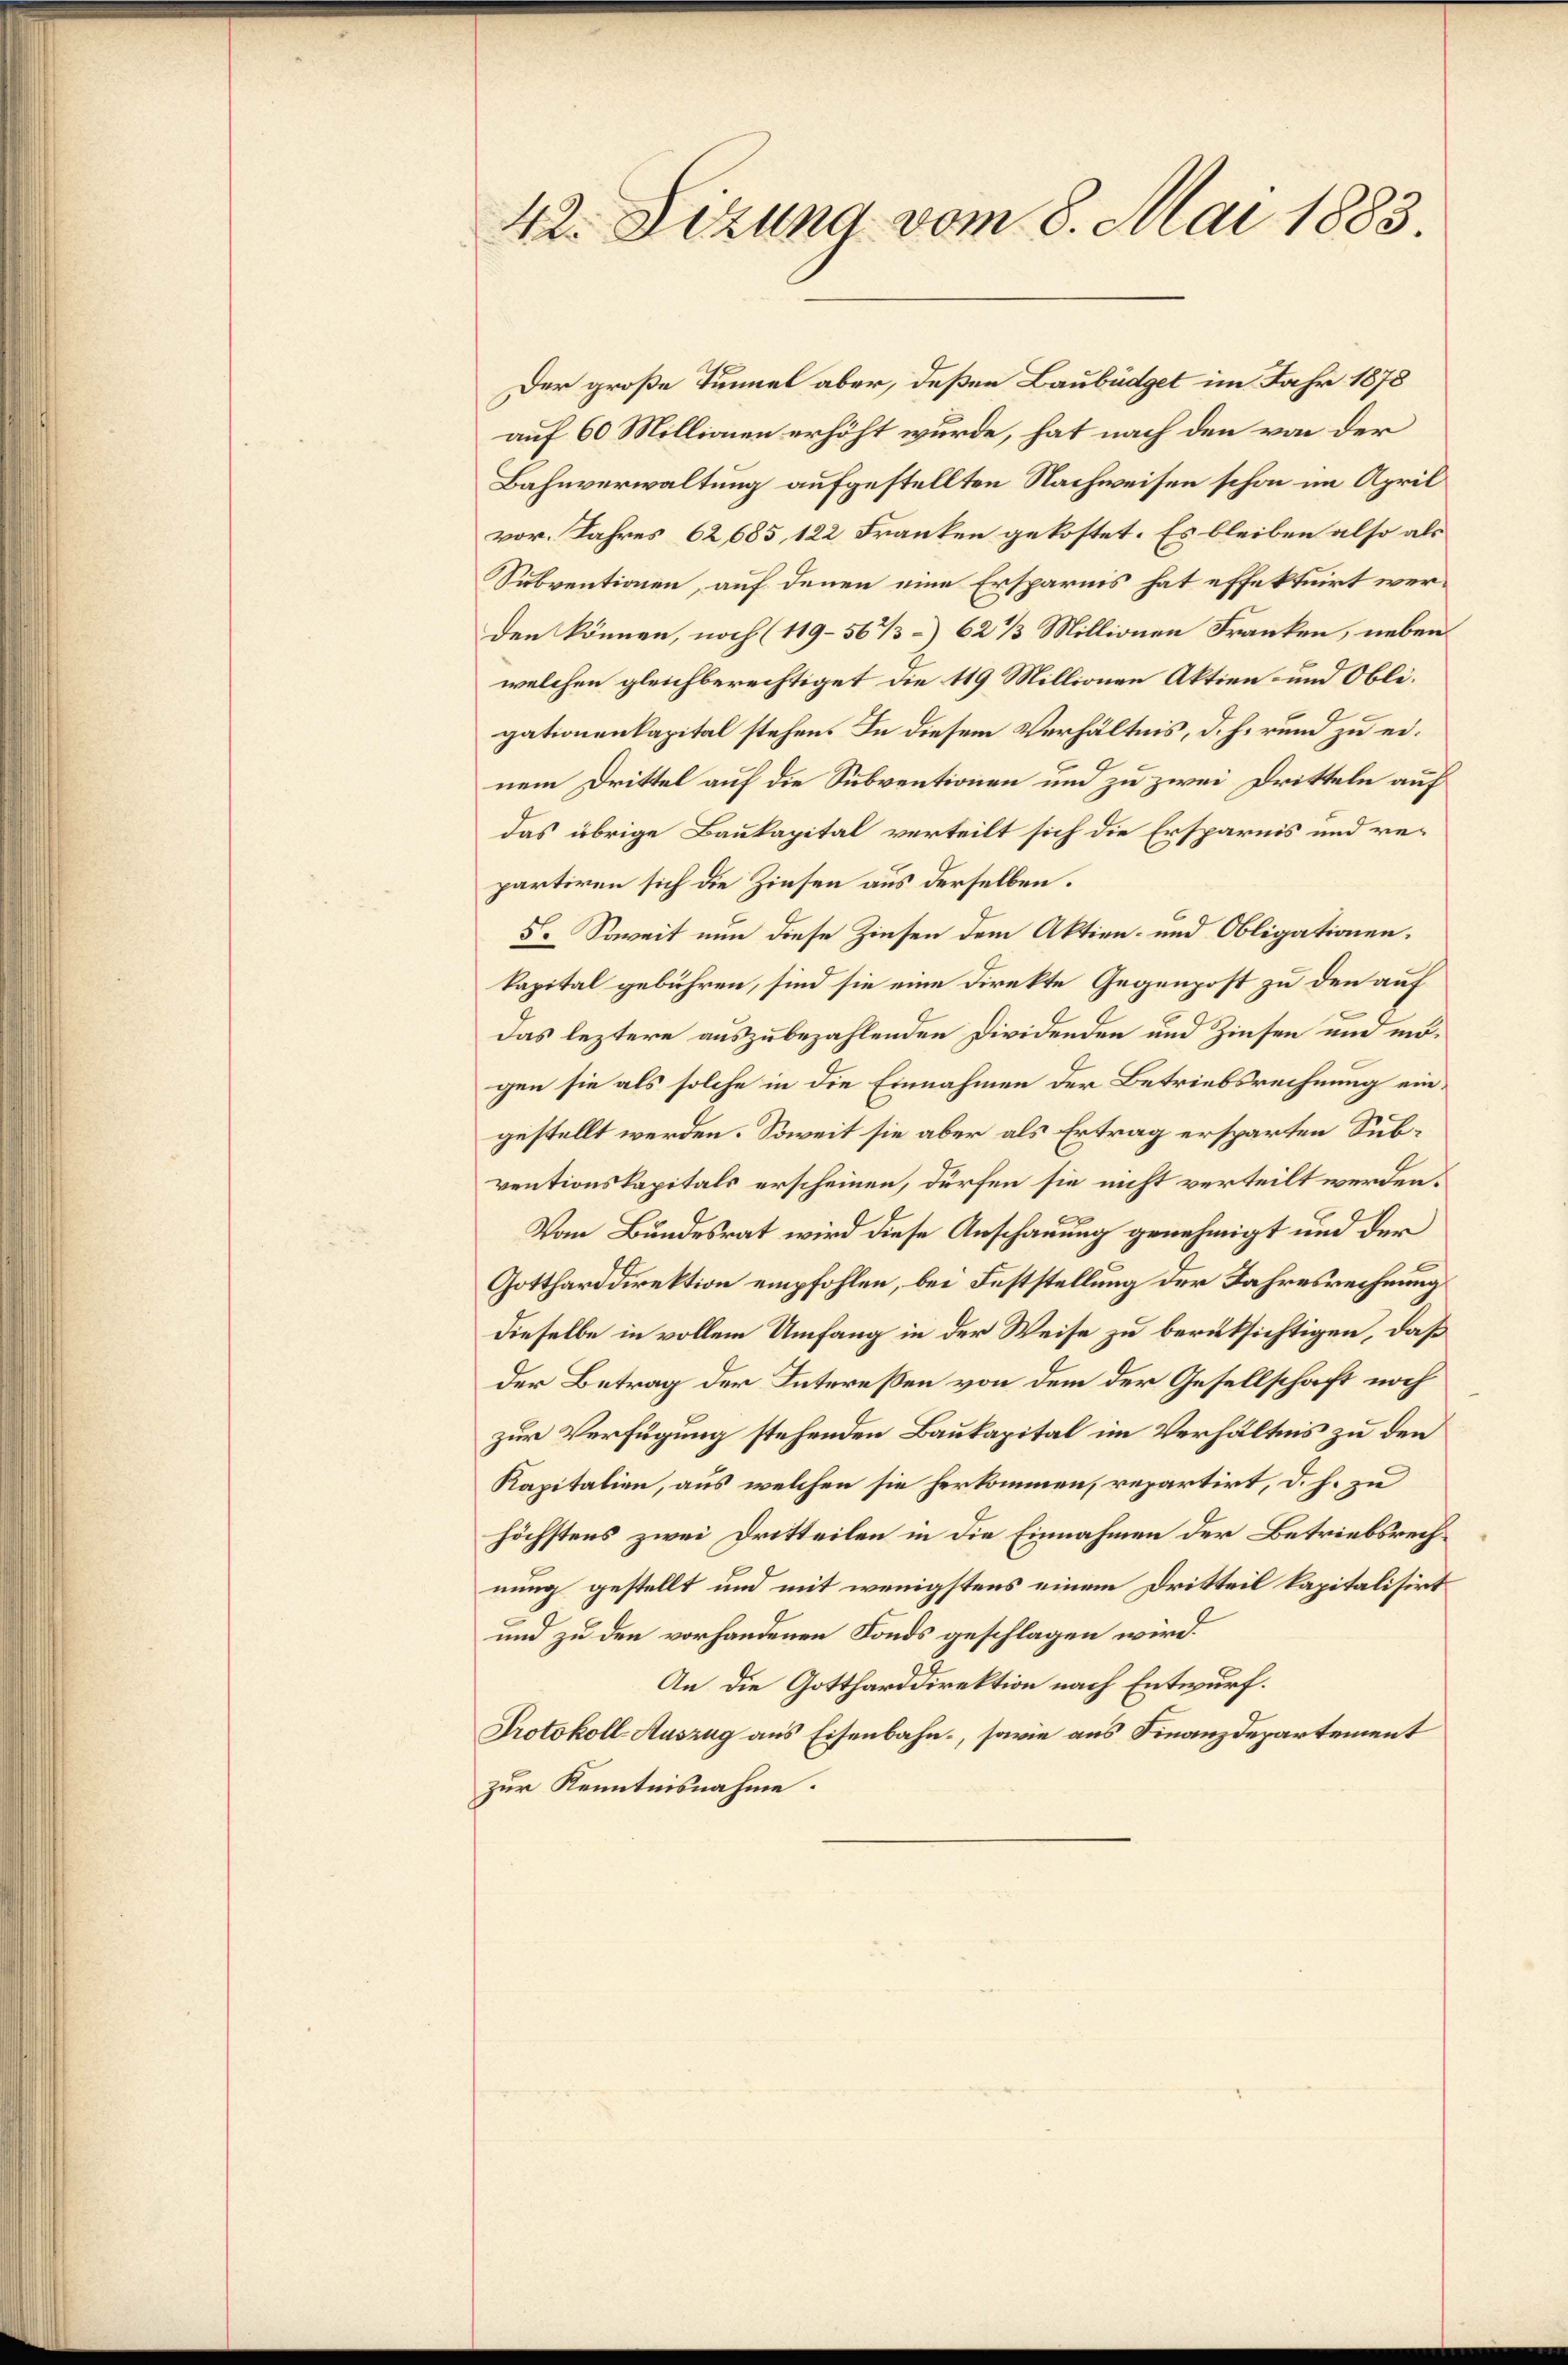
42. Sizung vom 8. Mai 1883.

Der große Tunnel aber, deßen Laubüdget im Jahr 1878
auf 60 Millionen erhöht wurde, hat nach den von der
Bahnverwaltung aufgestellten Nachweisen schon im April
vor. Jahres 62685, 122 Franken gekostet. Es bleiben also als
Subventionen, auf denen eine Ersparnis hat effektuirt werden können, noch (119-56 1/3 62 1/3 Millionen Franken, nebenwelchen gleichberechtiget die 119 Millionen Aktien- und Obligationenkapital stehen. In diesem Verhältnis, d. h. rund zu einem Drittel auf die Subventionen und zu zwei Dritteln auf
das übrige Baukapital verteilt sich die Ersparnis und repartiren sich die Zinsen aus derselben.
5. Soweit nun diese Zinsen dem Aktien- und Obligationen.
kapital gebühren, sind sie eine Direkte Gegenpost zu den auf
das leztere auszubezahlenden Dividenden und Zinsen und mögen sie als solche in die Einnahmen der Betriebsrechnung eingestellt werden. Soweit sie aber als Ertrag ersparten Subventionskapitals erscheinen, dürfen sie nicht verteilt werden.
Vom Bundesrat wird diese Anschauung genehmigt und der
Gottharddirektion empfohlen, bei Feststellung der Jahresrechnung
dieselbe in vollem Umfang in der Weise zu berüksichtigen, daß
der Betrag der Intereßen von dem der Gesellschaft noch
zur Verfügung stehenden Baukapital im Verhältnis zu den
Kapitalien, aus welchen sie herkommen, repartirt, d. h. zu
höchstens zwei Dritteilen in die Einnahmen der Betriebsrechnung gestellt und mit wenigstens einem Dritteil kapitalisirt
und zu den vorhandenen Fonds geschlagen wird.
An die Gottharddirektion nach Entwurf.
Protokoll-Auszug aus Eisenbahn, sowie aus Finanzdepartement
zur Kenntnisnahme.